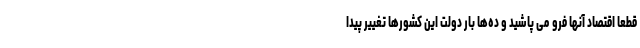
قطعاً اقتصاد آنها فرو می پاشید و ده‌ها بار دولت این کشورها تغییر پیدا